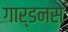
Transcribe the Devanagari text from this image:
गार्डनसे